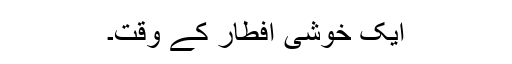
ایک خوشی افطار کے وقت۔